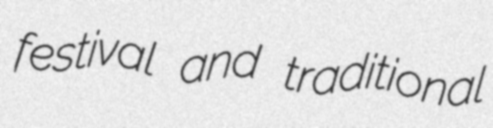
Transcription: festival and traditional